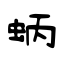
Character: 蛃